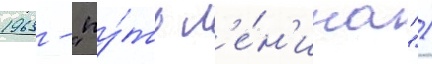
1963 - "пу́ть л'е́н'ина")